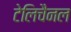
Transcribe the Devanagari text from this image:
टेलिचैनल